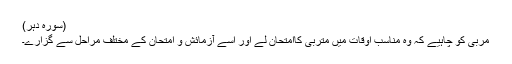
(سورہ دہر)
مربّی کو چاہیے کہ وہ مناسب اوقات میں متربّی کاامتحان لے اور اسے آزمائش و امتحان کے مختلف مراحل سے گزارے۔